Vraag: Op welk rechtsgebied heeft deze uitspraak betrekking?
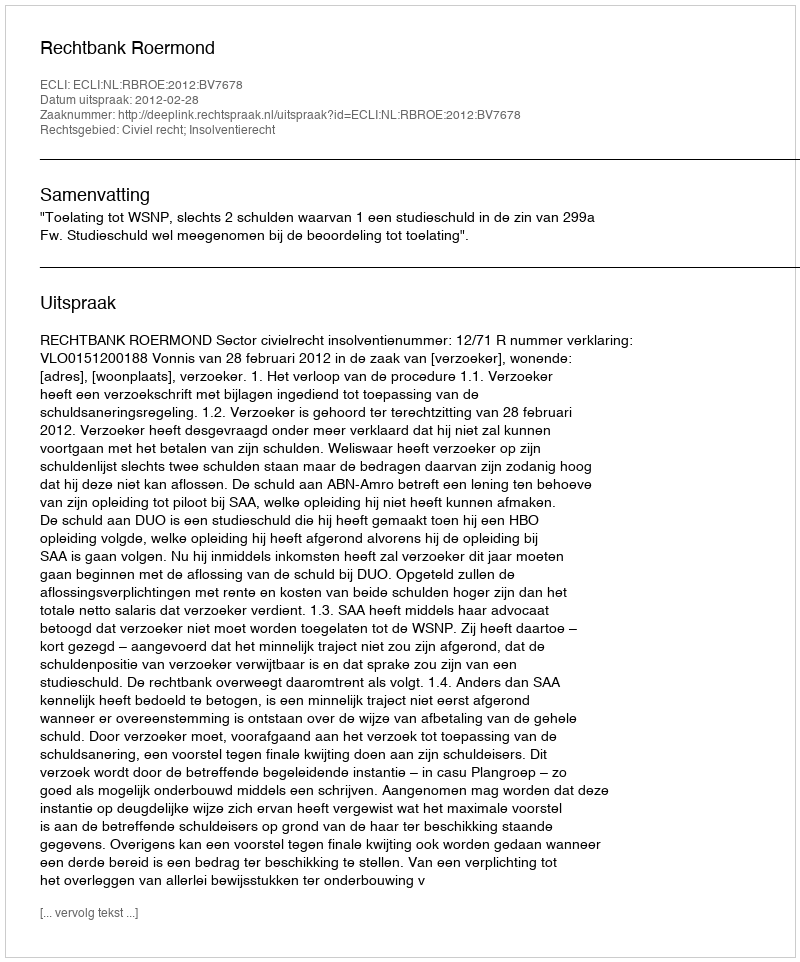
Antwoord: Civiel recht; Insolventierecht